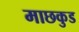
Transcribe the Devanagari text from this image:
माछकुड